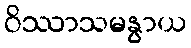
ဝိဿာသမနွာယ